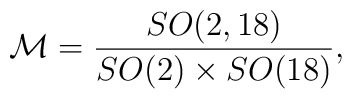
{\cal M}={SO(2,18)\over SO(2)\times SO(18)},